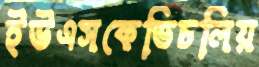
ইউএসকেভিচলিয়